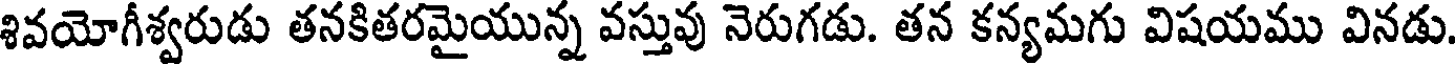
శివయోగీశ్వరుడు తనకితరమైయున్న వస్తువు నెరుగడు. తన కన్యమగు విషయము వినడు